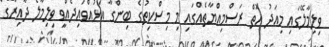
ވިލިމާލޭގައި މިއަދު އޮތް ރަސްމިއްޔާތެއްގައި މި މިސްކިތުގެ ބިންގާ އަޅުއްވައިދެއްވީ ވިލިމާލެ ދާއިރާގެ